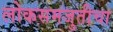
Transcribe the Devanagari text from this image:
लोकसमजुतीचा